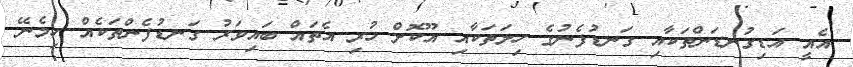
އެއީ އަޑިގުނޑަންތަކާއި ގަނޑުފެނުގެ ހިލަތަކާއި އޫކޮށް ހުރި އެތައް ބައިވަރު ގަނޑުފެންތަކެއް ހިމެނޭ